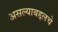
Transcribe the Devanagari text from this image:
असल्याबद्दलचे